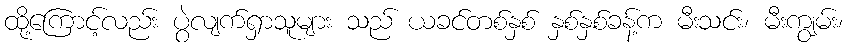
ထို့ကြောင့်လည်း ပွဲလျက်ရှာသူများ သည် ယခင်တစ်နှစ် နှစ်နှစ်ခန့်က မီးသင်း၊ မီးကျွမ်း၊